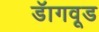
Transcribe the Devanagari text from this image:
डॅागवूड